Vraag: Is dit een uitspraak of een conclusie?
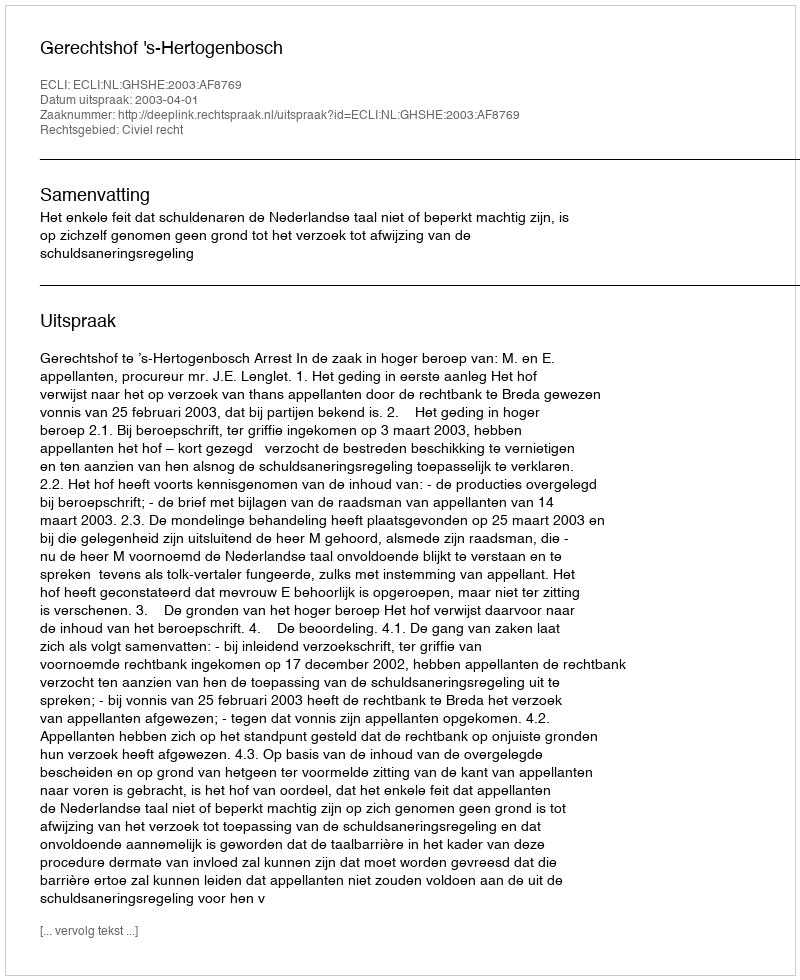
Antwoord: Uitspraak